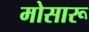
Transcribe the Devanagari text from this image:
मोसारू